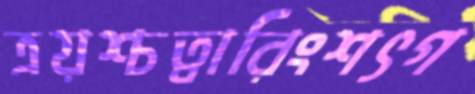
ত্রয়শ্চত্বারিংশৎগ